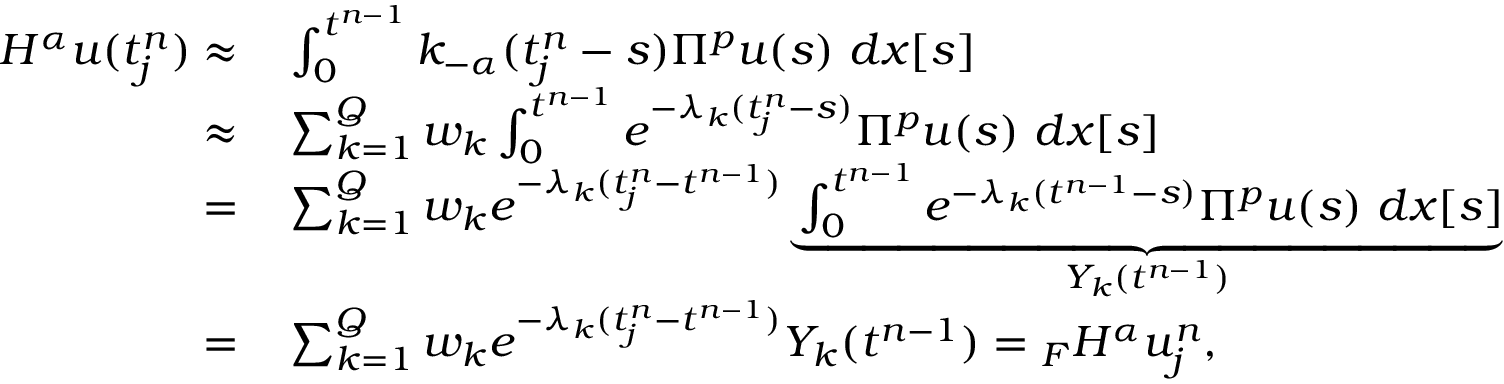
\begin{array} { r l } { H ^ { \alpha } u ( t _ { j } ^ { n } ) \approx } & { { } \int _ { 0 } ^ { t ^ { n - 1 } } k _ { - \alpha } ( t _ { j } ^ { n } - s ) \Pi ^ { p } u ( s ) \ d x [ s ] } \\ { \approx } & { { } \sum _ { k = 1 } ^ { Q } w _ { k } \int _ { 0 } ^ { t ^ { n - 1 } } e ^ { - \lambda _ { k } ( t _ { j } ^ { n } - s ) } \Pi ^ { p } u ( s ) \ d x [ s ] } \\ { = } & { { } \sum _ { k = 1 } ^ { Q } w _ { k } e ^ { - \lambda _ { k } ( t _ { j } ^ { n } - t ^ { n - 1 } ) } \underbrace { \int _ { 0 } ^ { t ^ { n - 1 } } e ^ { - \lambda _ { k } ( t ^ { n - 1 } - s ) } \Pi ^ { p } u ( s ) \ d x [ s ] } _ { Y _ { k } ( t ^ { n - 1 } ) } } \\ { = } & { { } \sum _ { k = 1 } ^ { Q } w _ { k } e ^ { - \lambda _ { k } ( t _ { j } ^ { n } - t ^ { n - 1 } ) } Y _ { k } ( t ^ { n - 1 } ) = { } _ { F } H ^ { \alpha } u _ { j } ^ { n } , } \end{array}